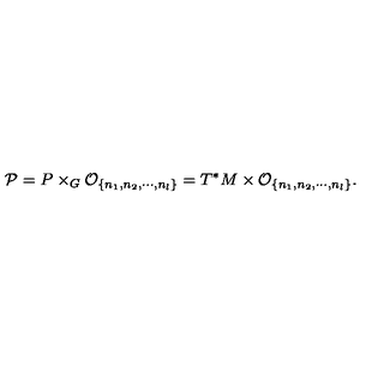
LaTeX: { \cal P } = P \times _ { G } { \cal O } _ { \{ n _ { 1 } , n _ { 2 } , \cdots , n _ { l } \} } = T ^ { * } M \times { \cal O } _ { \{ n _ { 1 } , n _ { 2 } , \cdots , n _ { l } \} } .